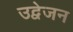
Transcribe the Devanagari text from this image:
उद्वेजन